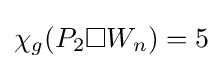
\chi _{g}(P_{2}\square W_{n})=5